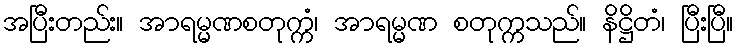
အပြီးတည်း။ အာရမ္မဏစတုက္ကံ၊ အာရမ္မဏ စတုက္ကသည်။ နိဋ္ဌိတံ၊ ပြီးပြီ။